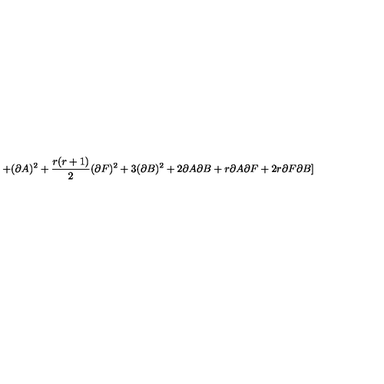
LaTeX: + ( \partial A ) ^ { 2 } + \frac { r ( r + 1 ) } { 2 } ( \partial F ) ^ { 2 } + 3 ( \partial B ) ^ { 2 } + 2 \partial A \partial B + r \partial A \partial F + 2 r \partial F \partial B ]